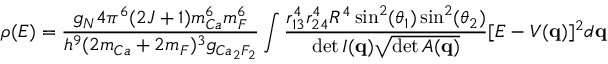
\rho ( E ) = \frac { g _ { N } 4 \pi ^ { 6 } ( 2 J + 1 ) m _ { C a } ^ { 6 } m _ { F } ^ { 6 } } { h ^ { 9 } ( 2 m _ { C a } + 2 m _ { F } ) ^ { 3 } g _ { C a _ { 2 } F _ { 2 } } } \int \frac { r _ { 1 3 } ^ { 4 } r _ { 2 4 } ^ { 4 } R ^ { 4 } \sin ^ { 2 } ( \theta _ { 1 } ) \sin ^ { 2 } ( \theta _ { 2 } ) } { \operatorname* { d e t } \cal I ( { \bf q } ) \sqrt { \operatorname* { d e t } \cal A ( { \bf q } ) } } [ E - V ( { \bf q } ) ] ^ { 2 } d { \bf q }